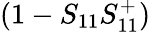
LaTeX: (1-S_{11}S_{11}^{+})